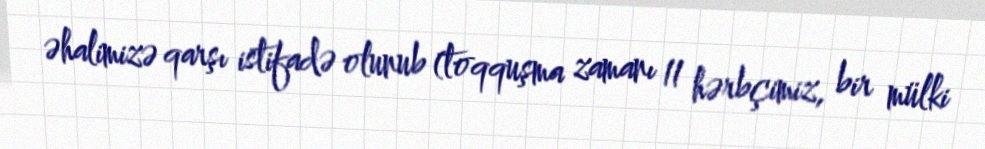
əhalimizə qarşı istifadə olunub (toqquşma zamanı 11 hərbçimiz, bir mülki